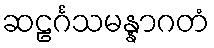
ဆဠင်္ဂသမန္နာဂတံ